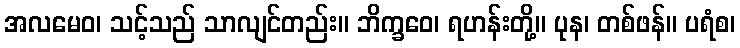
အလမေဝ၊ သင့်သည် သာလျင်တည်း။ ဘိက္ခဝေ၊ ရဟန်းတို့။ ပုန၊ တစ်ဖန်။ ပရံစ၊